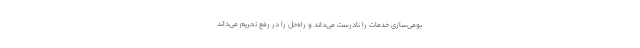
بومی‌سازی خدمات را نادرست می‌داند و راه‌حل را در رفع تحریم می‌داند